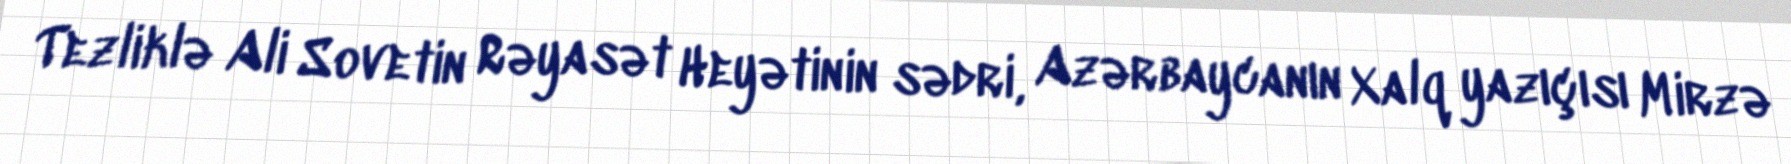
Tezliklə Ali Sovetin Rəyasət Heyətinin sədri, Azərbaycanın Xalq yazıçısı Mirzə